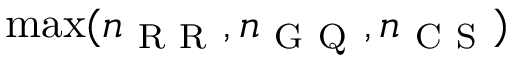
\operatorname* { m a x } ( n _ { \mathrm { ~ R ~ R ~ } } , n _ { \mathrm { ~ G ~ Q ~ } } , n _ { \mathrm { ~ C ~ S ~ } } )